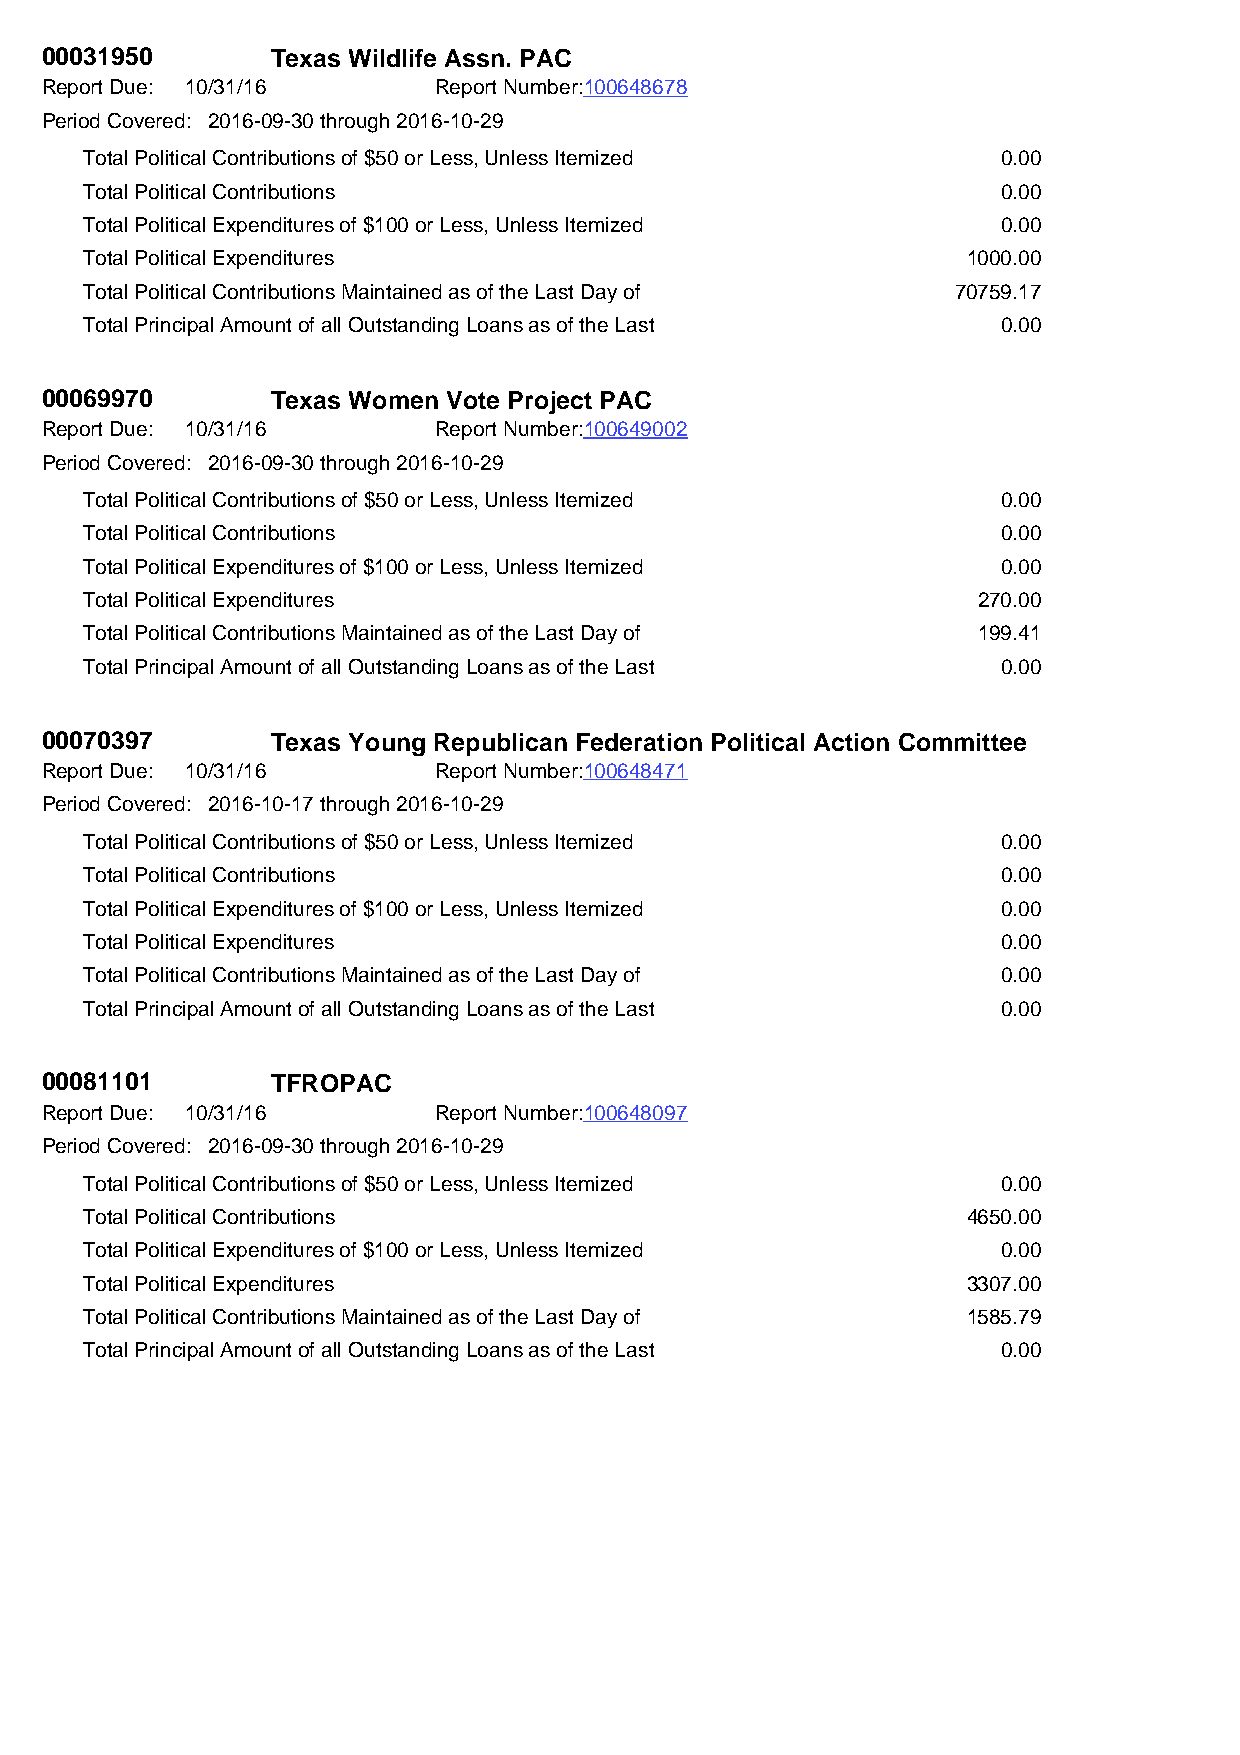
00031950       Texas Wildlife Assn. PAC
 Report Due: 10/31/16      Report Number:100648678
 Period Covered: 2016-09-30 through 2016-10-29
 Total Political Contributions of $50 or Less, Unless Itemized 0.00
 Total Political Contributions                               0.00
 Total Political Expenditures of $100 or Less, Unless Itemized 0.00
 Total Political Expenditures                              1000.00
 Total Political Contributions Maintained as of the Last Day of 70759.17
 Total Principal Amount of all Outstanding Loans as of the Last 0.00
 00069970       Texas Women Vote Project PAC
 Report Due: 10/31/16      Report Number:100649002
 Period Covered: 2016-09-30 through 2016-10-29
 Total Political Contributions of $50 or Less, Unless Itemized 0.00
 Total Political Contributions                               0.00
 Total Political Expenditures of $100 or Less, Unless Itemized 0.00
 Total Political Expenditures                               270.00
 Total Political Contributions Maintained as of the Last Day of 199.41
 Total Principal Amount of all Outstanding Loans as of the Last 0.00
 00070397       Texas Young Republican Federation Political Action Committee
 Report Due: 10/31/16      Report Number:100648471
 Period Covered: 2016-10-17 through 2016-10-29
 Total Political Contributions of $50 or Less, Unless Itemized 0.00
 Total Political Contributions                               0.00
 Total Political Expenditures of $100 or Less, Unless Itemized 0.00
 Total Political Expenditures                                0.00
 Total Political Contributions Maintained as of the Last Day of 0.00
 Total Principal Amount of all Outstanding Loans as of the Last 0.00
 00081101       TFROPAC
 Report Due: 10/31/16      Report Number:100648097
 Period Covered: 2016-09-30 through 2016-10-29
 Total Political Contributions of $50 or Less, Unless Itemized 0.00
 Total Political Contributions                             4650.00
 Total Political Expenditures of $100 or Less, Unless Itemized 0.00
 Total Political Expenditures                              3307.00
 Total Political Contributions Maintained as of the Last Day of 1585.79
 Total Principal Amount of all Outstanding Loans as of the Last 0.00